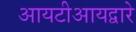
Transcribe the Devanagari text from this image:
आयटीआयद्वारे